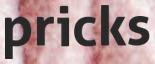
pricks